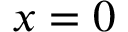
x = 0